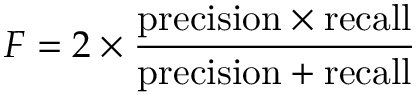
F = 2 \times { \frac { { \mathrm { p r e c i s i o n } } \times { \mathrm { r e c a l l } } } { { \mathrm { p r e c i s i o n } } + { \mathrm { r e c a l l } } } }